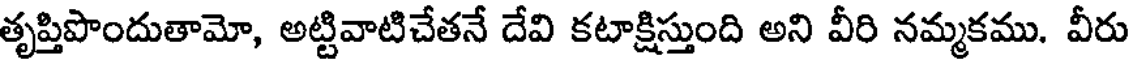
తృప్తిపొందుతామో, అట్టివాటిచేతనే దేవి కటాక్షిస్తుంది అని వీరి నమ్మకము. వీరు